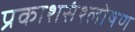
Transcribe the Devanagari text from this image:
प्रकाशसंश्लोषण